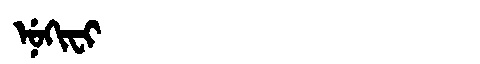
Manchu: ᠨᡠᡴᡳᠸᡳ
Romanization: NUKIFI